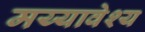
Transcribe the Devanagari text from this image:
मय्यावेश्य